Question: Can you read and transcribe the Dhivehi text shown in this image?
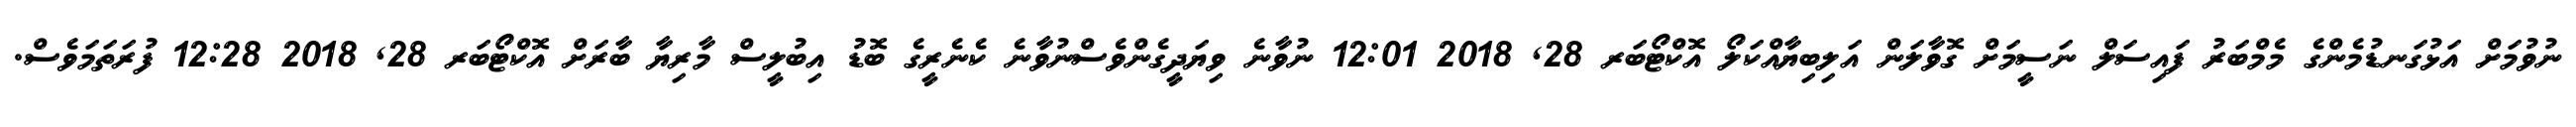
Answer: ނުވުމަށް އަޅުގަނޑުމެންގެ މެމްބަރު ފައިސަލް ނަސީމަށް ގޮވާލަން އަލިބިޔާއްކަލޯ އޮކްޓޯބަރ 28, 2018 12:01 ނުވާނެ ވިޔަދީގެންވެސްނުވާނެ ކެނެރީގެ ބޮޑު އިބުލީސް މާރިޔާ ބާރަށް އޮކްޓޯބަރ 28, 2018 12:28 ފުރަތަމަވެސް.